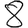
Digit: 8